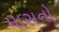
માસનો